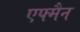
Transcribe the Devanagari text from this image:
एफ्मैन